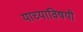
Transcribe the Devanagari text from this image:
याच्याविषयी